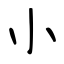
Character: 小